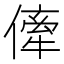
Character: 𠍉